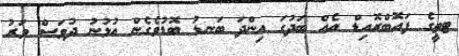
ޓތީގެ ފައޮބްރޮއިޑް އެއް ބަދުގަ އިންދަ ބަނޑު ބޮޑުވެގެން އުޅުނު ދުވަސް ވަރު